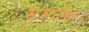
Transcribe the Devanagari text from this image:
सुभद्रेचे